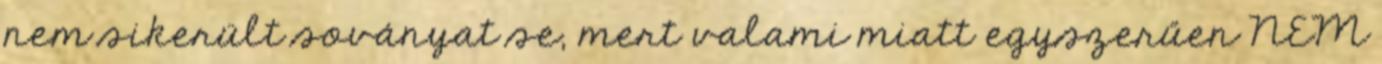
nem sikerült soványat se, mert valami miatt egyszerűen NEM